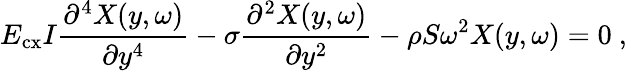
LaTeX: E_{\mathrm{cx}}I\frac{\partial^{4}{X(y,\omega)}}{\partial{y^{4}}}-\sigma\frac{\partial^{2}{X(y,\omega)}}{\partial{y^{2}}}-\rho S\omega^{2}X(y,\omega)=0~,